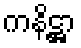
ကနိဋ္ဌာ